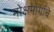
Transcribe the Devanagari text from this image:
मोक्षमार्गाचे